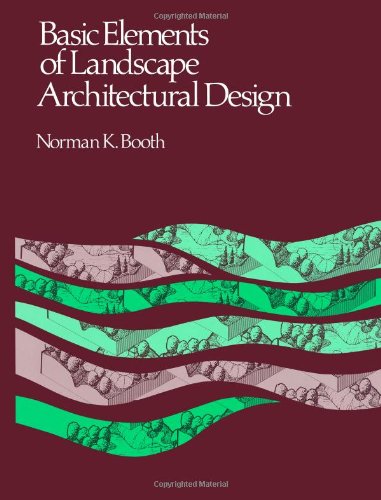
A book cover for Basic Elements of Landscape Architectural Design; Norman K. Booth; Arts & Photography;